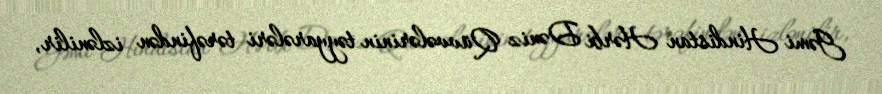
Gəmi Hindistan Hərbi Dəniz Qüvvələrinin təyyarələri tərəfindən izlənilir,